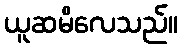
ယူဆမိလေသည်။